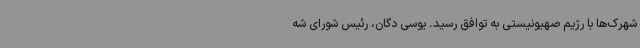
شهرک‌ها با رژیم صهیونیستی به توافق رسید. یوسی دگان، رئیس شورای شه